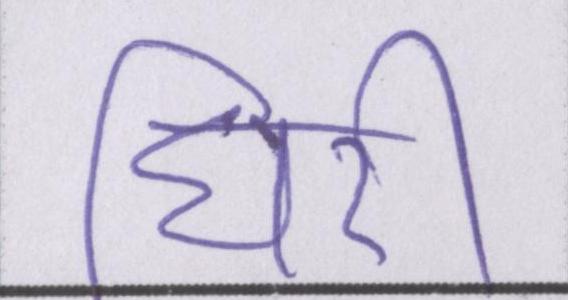
घिरी